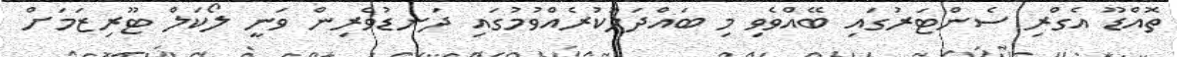
ތޮއްޑޫ އެގްރި ސެންޓަރުގައި ބޭއްވެވި މި ބައްދަލުކުރެއްވުމުގައި ދަނޑުވެރިން ވަނީ ލޯކަލް ޓޫރިޒަމަށް